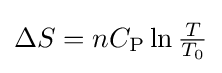
{\textstyle \Delta S=nC_{\mathrm {P} }\ln {\frac {T}{T_{0}}}}